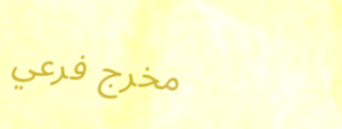
مخرج فرعي